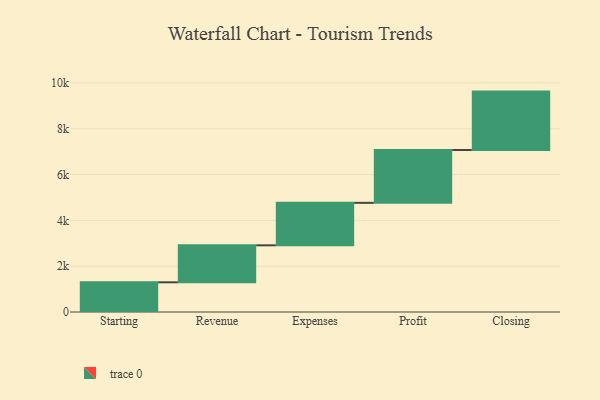
{"axis": {"x": "Step", "y": "Value"}, "legend": [""], "data": [{"x": "Starting", "y": 1296.0, "type": ""}, {"x": "Revenue", "y": 1615.0, "type": ""}, {"x": "Expenses", "y": 1854.0, "type": ""}, {"x": "Profit", "y": 2307.0, "type": ""}, {"x": "Closing", "y": 2548.0, "type": ""}]}